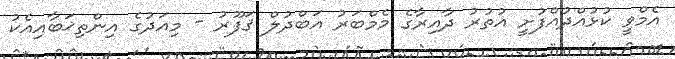
އެމްވީ ކުޅުއްދުއްފުށީ އުތުރު ދާއިރާގެ މެމްބަރު އަބްދުލް ޤަފޫރު - މިއަދުގެ އިންތިޚަބާއިއެކު